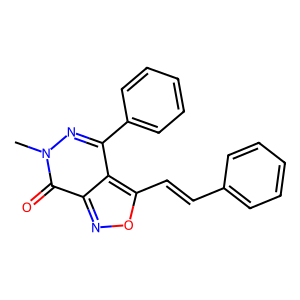
SMILES: Cn1nc(-c2ccccc2)c2c(C=Cc3ccccc3)onc2c1=O
Inhibits HIV replication: No